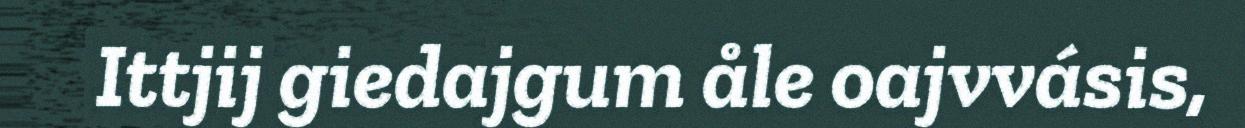
Ittjij giedajgum åle oajvvásis,